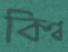
কিণ্ব